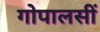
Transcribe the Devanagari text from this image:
गोपालसीं